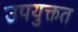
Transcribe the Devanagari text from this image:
उपयुक्तत